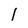
Character: l